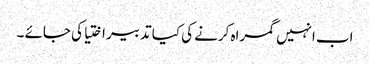
اب انہیں گمراہ کرنے کی کیا تدبیر اختیا کی جائے ۔